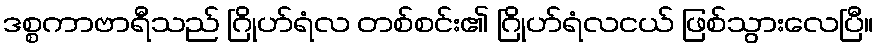
ဒစ္စကာဗာရီသည် ဂြိုဟ်ရံလ တစ်စင်း၏ ဂြိုဟ်ရံလငယ် ဖြစ်သွားလေပြီ။